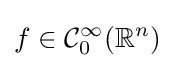
f\in {\mathcal {C}}_{0}^{\infty }(\mathbb {R} ^{n})